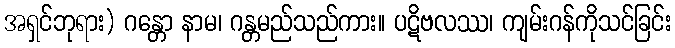
အရှင်ဘုရား) ဂန္တော နာမ၊ ဂန္တမည်သည်ကား။ ပဋိဗလဿ၊ ကျမ်းဂန်ကိုသင်ခြင်း